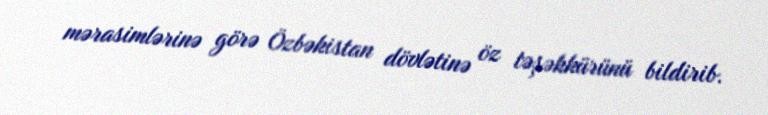
mərasimlərinə görə Özbəkistan dövlətinə öz təşəkkürünü bildirib.